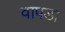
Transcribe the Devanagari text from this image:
वापडा